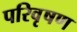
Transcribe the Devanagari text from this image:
परिवृषण